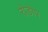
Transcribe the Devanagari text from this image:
रोडोप